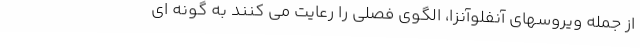
از جمله ویروسهای آنفلوآنزا، الگوی فصلی را رعایت می کنند به گونه ای